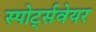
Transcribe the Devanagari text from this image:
स्पोर्ट्सवेयर